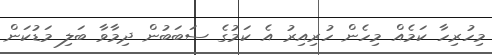
މިހުރިހާ ކަމެއް މިހެން ހުރިއިރު އެ ކަމުގެ ސަބަބުން ދިމާވާ ބަލި މަޑުކަން